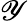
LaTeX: \mathscr{Y}